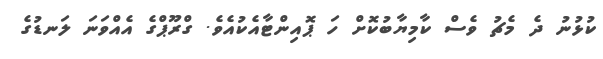
ކުޅުނު ދެ މެޗު ވެސް ކާމިޔާބުކޮށް ހަ ޕޮއިންޓާއެކުއެވެ. ގްރޫޕްގެ އެއްވަނަ ލަނޑުގެ